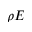
\rho E